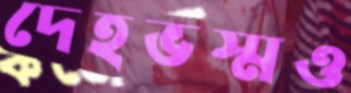
দেহভস্মও